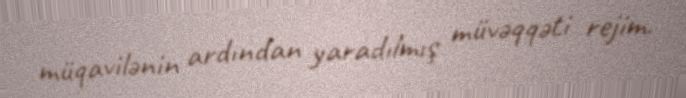
müqavilənin ardından yaradılmış müvəqqəti rejim.